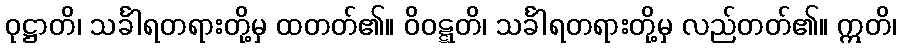
ဝုဋ္ဌာတိ၊ သင်္ခါရတရားတို့မှ ထတတ်၏။ ဝိဝဋ္ဋတိ၊ သင်္ခါရတရားတို့မှ လည်တတ်၏။ ဣတိ၊